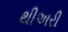
થીઅરી